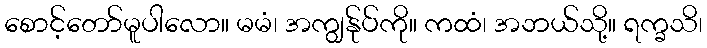
စောင့်တော်မူပါလော။ မမံ၊ အကျွန်ုပ်ကို။ ကထံ၊ အဘယ်သို့။ ရက္ခသိ၊